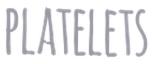
PLATELETS